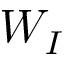
W _ { I }